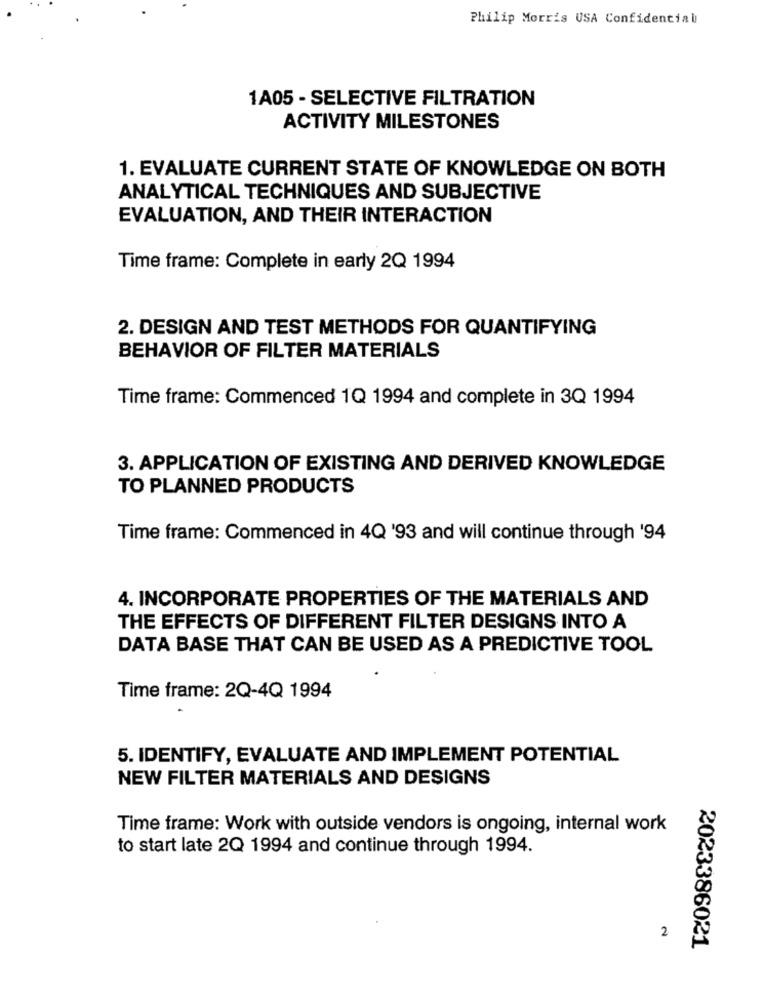
Philip Morris USA Confidencial
1A05 - SELECTIVE FILTRATION
ACTIVITY MILESTONES
1. EVALUATE CURRENT STATE OF KNOWLEDGE ON BOTH
ANALYTICAL TECHNIQUES AND SUBJECTIVE
EVALUATION, AND THEIR INTERACTION
Time frame: Complete in early 2Q 1994
2. DESIGN AND TEST METHODS FOR QUANTIFYING
BEHAVIOR OF FILTER MATERIALS
Time frame: Commenced 1Q 1994 and complete in 3Q 1994
3. APPLICATION OF EXISTING AND DERIVED KNOWLEDGE
TO PLANNED PRODUCTS
Time frame: Commenced in 4Q '93 and will continue through '94
4. INCORPORATE PROPERTIES OF THE MATERIALS AND
THE EFFECTS OF DIFFERENT FILTER DESIGNS INTO A
DATA BASE THAT CAN BE USED AS A PREDICTIVE TOOL
Time frame: 2Q-4Q 1994
5. IDENTIFY, EVALUATE AND IMPLEMENT POTENTIAL
NEW FILTER MATERIALS AND DESIGNS
Time frame: Work with outside vendors is ongoing, internal work
to start late 2Q 1994 and continue through 1994.
2
2023386021